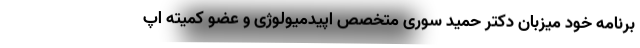
برنامه خود میزبان دکتر حمید سوری متخصص اپیدمیولوژی و عضو کمیته اپ